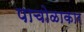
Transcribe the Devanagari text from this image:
पाचोळाकार